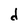
Character: d